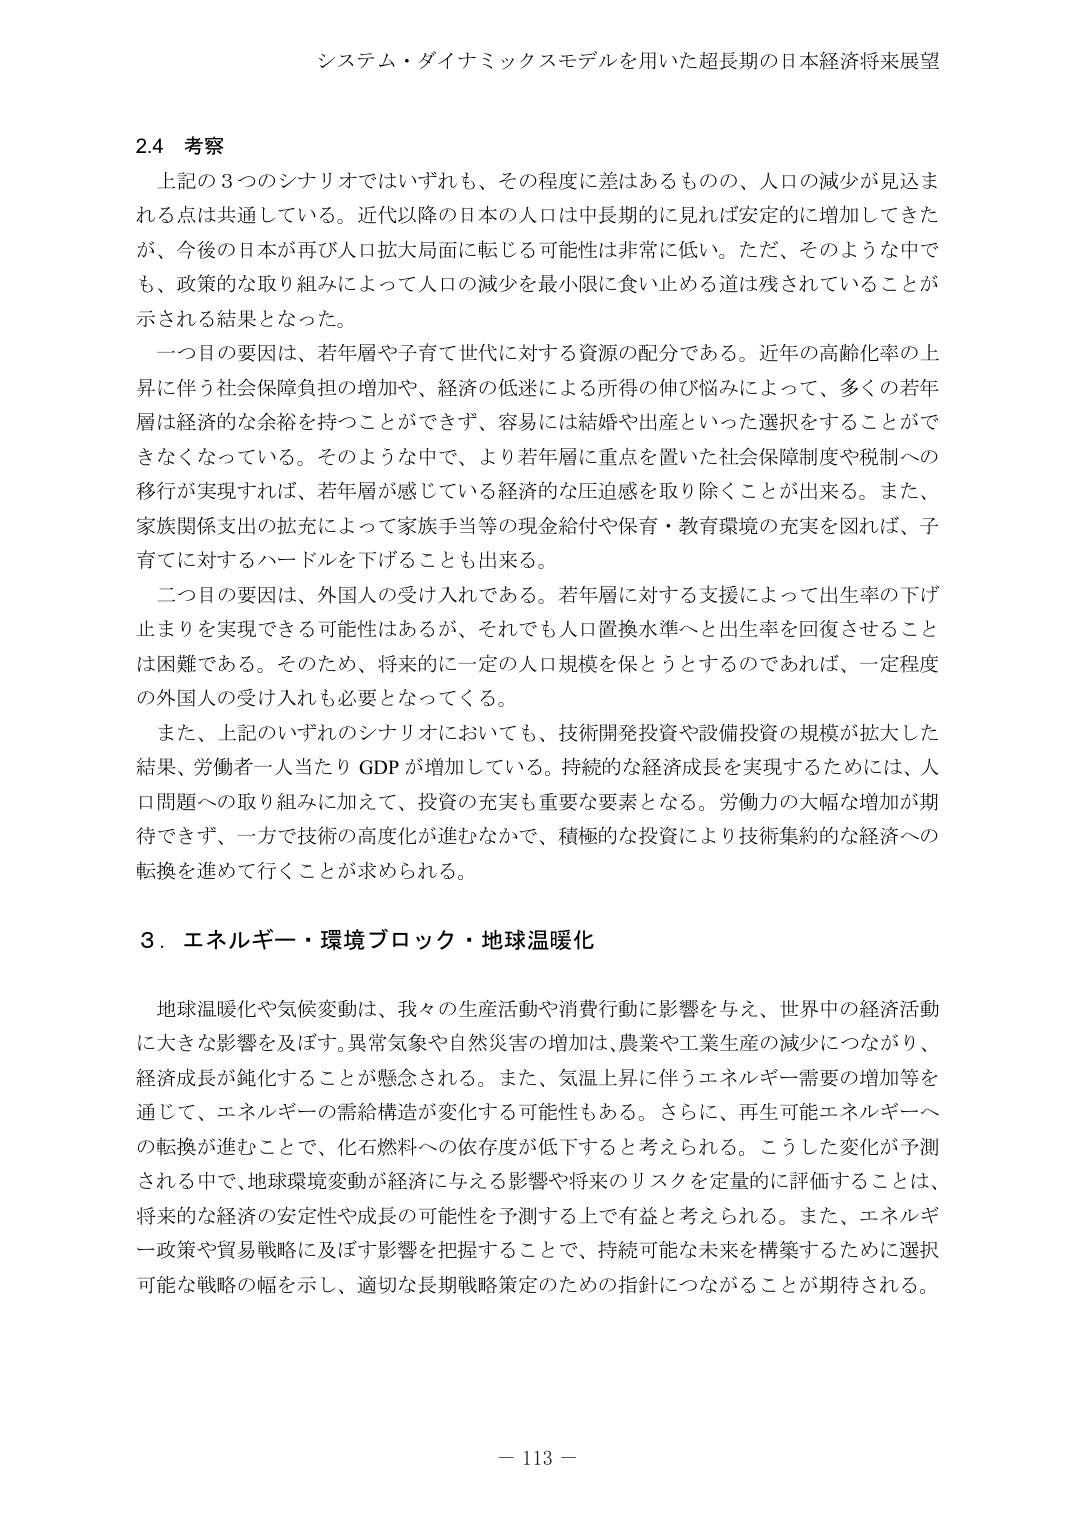
システム・ダイナミックスモデルを用いた超長期の日本経済将来展望

2.4 考察
上記の3つのシナリオではいずれも、その程度に差はあるものの、人口の減少が見込まれる点は共通している。近代以降の日本の人口は中長期的に見れば安定的に増加してきたが、今後の日本が再び人口拡大局面に転じる可能性是非常に低い。ただ、そのような中でも、政策的な取り組みによって人口の減少を最小限に食い止める道は残されていることが示される結果となった。

一つ目の要因は、若年層や子育て世代に対する資源の配分である。近年の高齢化率の上昇に伴う社会保障負担の増加や、経済の低迷による所得の伸び悩みによって、多くの若年層は経済的な余裕を持つことができず、容易には結婚や出産といった選択をすることができなくなっている。そのような中で、より若年層に重点を置いた社会保障制度や税制への移行が実現すれば、若年層が感じている経済的な圧迫感を取り除くことが出来る。また、家族関係支出の拡充によって家族手当等の現金給付や保育・教育環境の充実を図れば、子育てに対するハードルを下げることも出来る。

二つ目の要因は、外国人の受け入れである。若年層に対する支援によって出生率の下げ止まりを実現できる可能性はあるが、それでも人口置換水準へと出生率を回復させることは困難である。そのため、将来的に一定の人口規模を保とうとするのであれば、一定程度の外国人の受け入れも必要となってくる。

また、上記のいずれのシナリオにおいても、技術開発投資や設備投資の規模が拡大した結果、労働者一人当たり GDP が増加している。持続的な経済成長を実現するためには、人口問題への取り組みに加えて、投資の充実も重要な要素となる。労働力の大幅な増加が期待できず、一方で技術の高度化が進むなかで、積極的な投資により技術集約的な経済への転換を進めて行くことが求められる。

3．エネルギー・環境ブロック・地球温暖化

地球温暖化や気候変動は、我々の生産活動や消費行動に影響を与え、世界中の経済活動に大きな影響を及ぼす。異常気象や自然災害の増加は、農業や工業生産の減少につながり、経済成長が鈍化することが懸念される。また、気温上昇に伴うエネルギー需要の増加等を通じて、エネルギーの需給構造が変化する可能性もある。さらに、再生可能エネルギーへの転換が進むことで、化石燃料への依存度が低下すると考えられる。こうした変化が予測される中で、地球環境変動が経済に与える影響や将来のリスクを定量的に評価することは、将来的な経済の安定性や成長の可能性を予測する上で有益と考えられる。また、エネルギー政策や貿易戦略に及ぼす影響を把握することで、持続可能な未来を構築するために選択可能な戦略の幅を示し、適切な長期戦略策定のための指針につながることが期待される。

－ 113 －